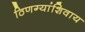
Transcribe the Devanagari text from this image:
ठिणग्यांशिवाय